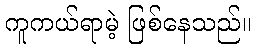
ကူကယ်ရာမဲ့ ဖြစ်နေသည်။